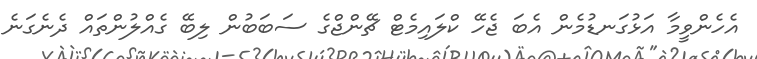
އެހެންވީމާ އަޅުގަނޑުމެން އެބަ ޖެހޭ ކްލައިމެޓް ޗޭންޖްގެ ސަބަބުން ލިބޭ ގެއްލުންތައް ދެނެގަނެ